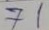
71